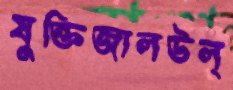
যুক্তিজালউল্